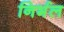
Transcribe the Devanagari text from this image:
निर्भल